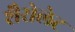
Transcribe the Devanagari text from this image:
शैरोलेट